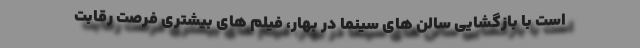
است با بازگشایی سالن های سینما در بهار، فیلم های بیشتری فرصت رقابت